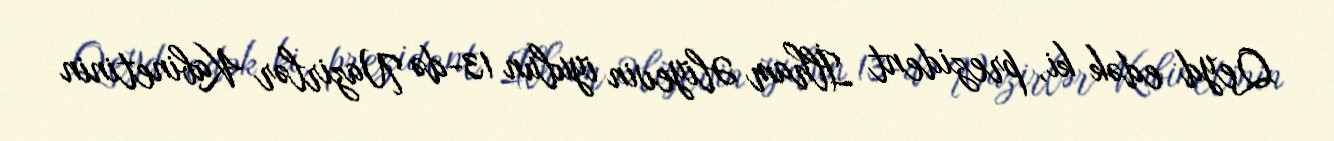
Qeyd edək ki, prezident İlham Əliyevin iyulun 13-də Nazirlər Kabinetinin